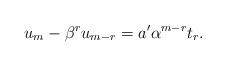
LaTeX: \begin{align*} u_m-\beta^ru_{m-r}=a'\alpha^{m-r}t_r.\end{align*}